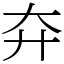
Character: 㚏